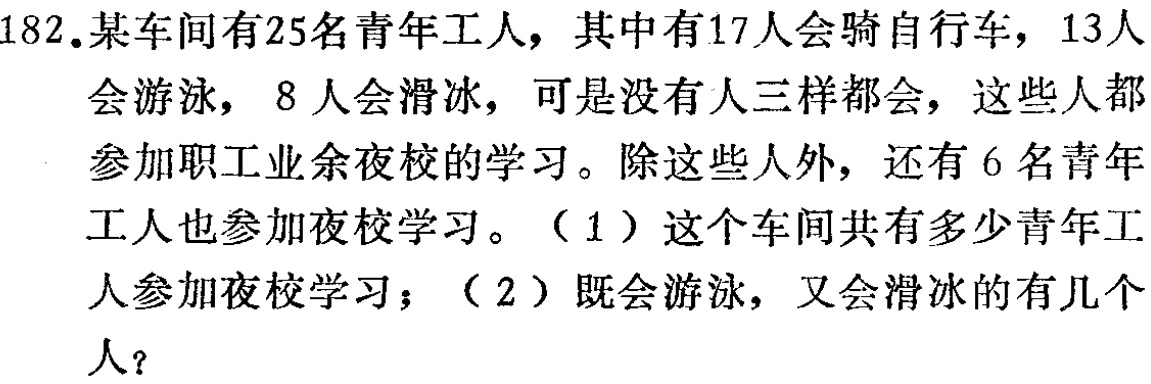
182.某车间有25名青年工人，其中有17人会骑自行车，13人

会游泳，8人会滑冰，可是没有人三样都会，这些人都

参加职工业余夜校的学习。除这些人外，还有6名青年

工人也参加夜校学习。（1）这个车间共有多少青年工

人参加夜校学习；（2）既会游泳，又会滑冰的有几个

人？